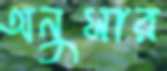
অনুসার